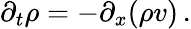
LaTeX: \partial_{t}\rho=-\partial_{x}(\rho v)\, .